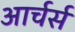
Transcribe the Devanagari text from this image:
आर्चर्स